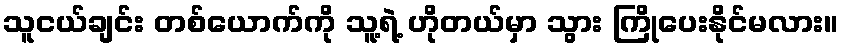
သူငယ်ချင်း တစ်ယောက်ကို သူ့ရဲ့ ဟိုတယ်မှာ သွား ကြိုပေးနိုင်မလား။